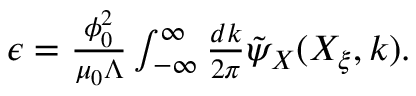
\begin{array} { r } { \epsilon = \frac { \phi _ { 0 } ^ { 2 } } { \mu _ { 0 } \Lambda } \int _ { - \infty } ^ { \infty } \frac { d k } { 2 \pi } \tilde { \psi } _ { X } ( X _ { \xi } , k ) . } \end{array}